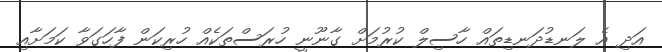
އަދި އެ ލަނޑުދަނޑިތައް ހާސިލް ކުރުމަށް ގާނޫނީ ހުރަސްތަކެއް ހުރިކަން ފާހަގަވާ ކަމަށާއި